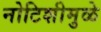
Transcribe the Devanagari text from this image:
नोटिशीमुळे